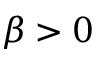
\beta > 0